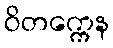
ဝိတက္ကေန